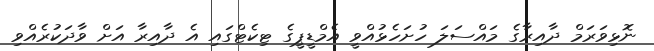
ނޮޅިވަރަމް ދާއިރާގެ މައްސަލަ ހުށަހެޅުއްވީ އެމްޑީޕީގެ ޓިކެޓްގައި އެ ދާއިރާ އަށް ވާދަކުރެއްވި